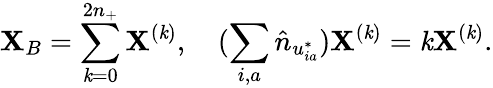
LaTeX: \mathbf{X}_{B}=\sum_{\mathit{k}=0}^{2n_{+}}\mathbf{X}^{(\mathit{k})},\quad(\sum_{i,a}\hat{{n}}_{u_{ia}^{*}})\mathbf{X}^{(\mathit{k})}=\mathit{k}\mathbf{X}^{(\mathit{k})}.